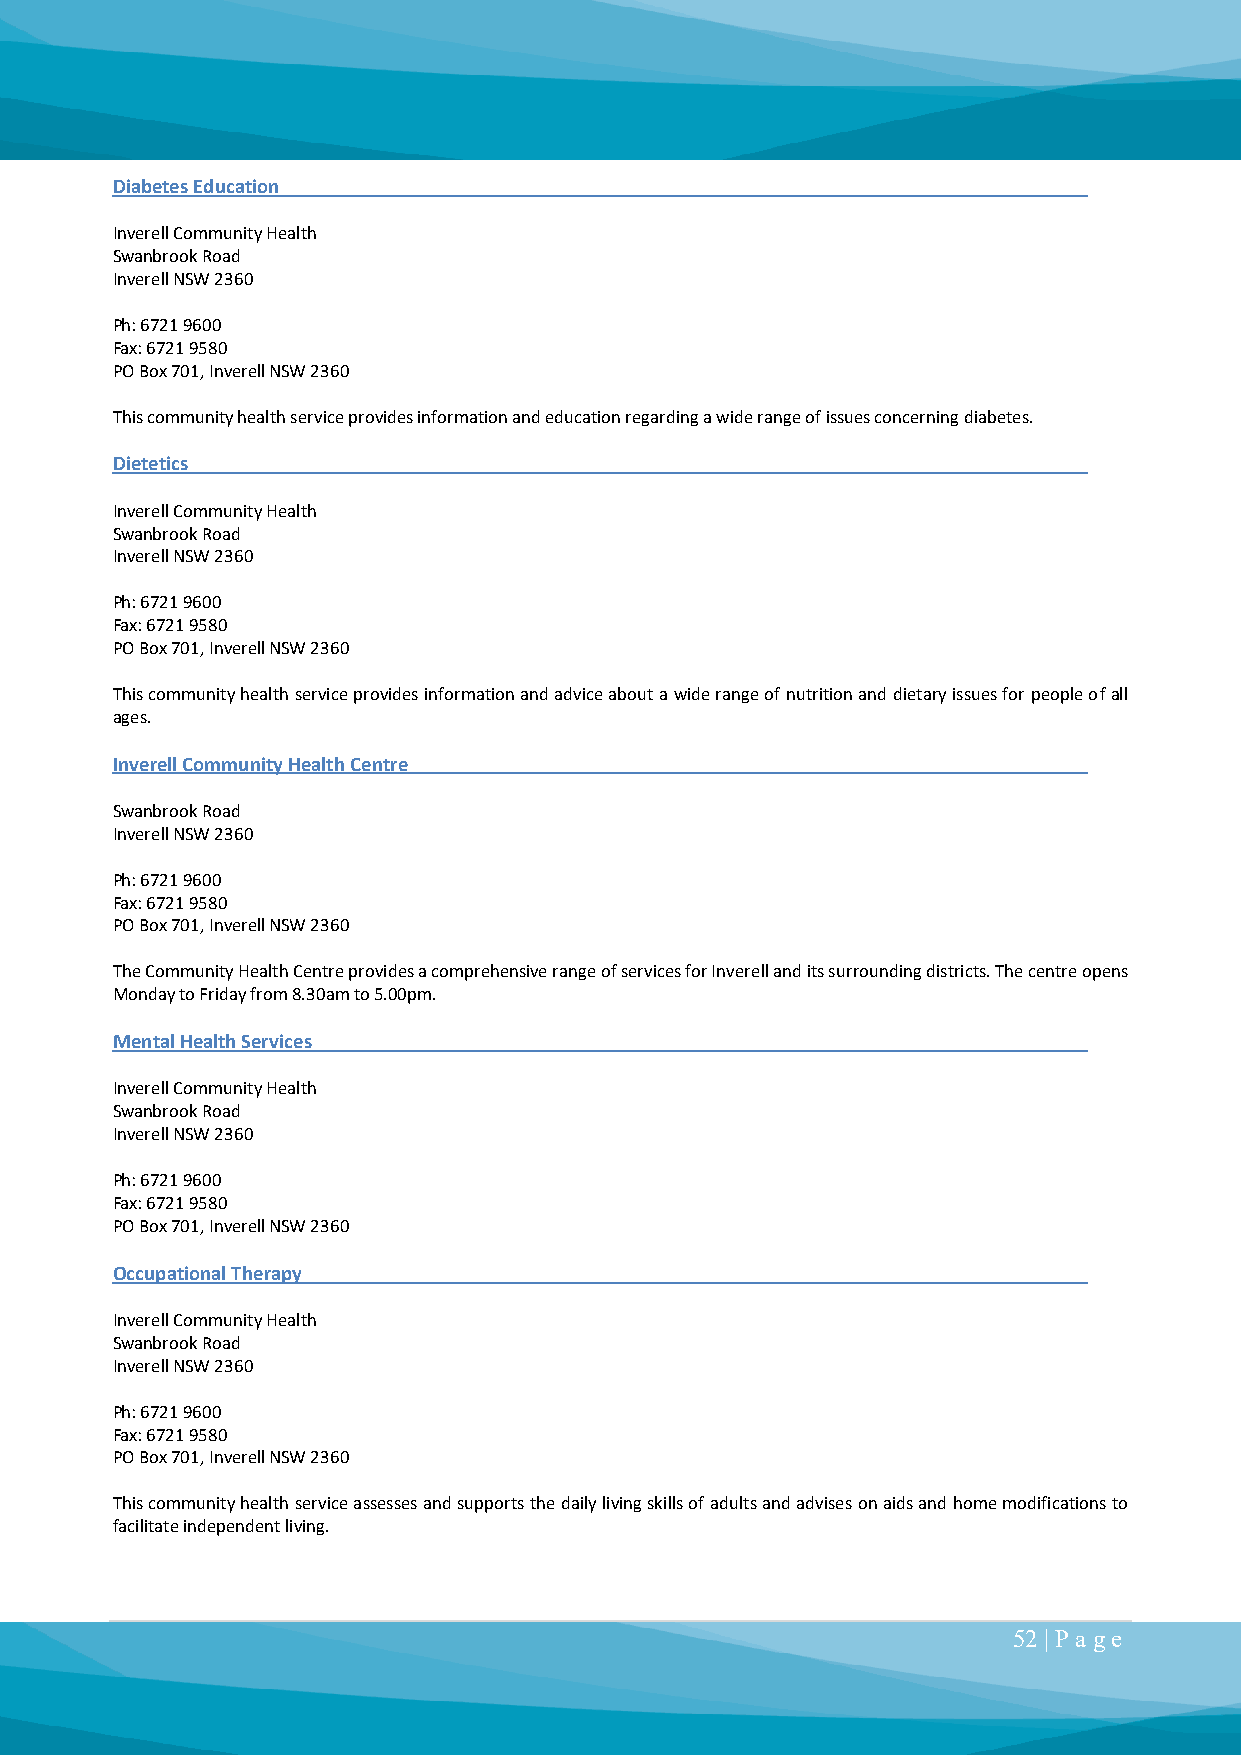
Diabetes Education
 Inverell Community Health
 Swanbrook Road
 Inverell NSW 2360
 Ph: 6721 9600
 Fax: 6721 9580
 PO Box 701, Inverell NSW 2360
 This community health service provides information and education regarding a wide range of issues concerning diabetes.
 Dietetics
 Inverell Community Health
 Swanbrook Road
 Inverell NSW 2360
 Ph: 6721 9600
 Fax: 6721 9580
 PO Box 701, Inverell NSW 2360
 This community health service provides information and advice about a wide range of nutrition and dietary issues for people of all
 ages.
 Inverell Community Health Centre
 Swanbrook Road
 Inverell NSW 2360
 Ph: 6721 9600
 Fax: 6721 9580
 PO Box 701, Inverell NSW 2360
 The Community Health Centre provides a comprehensive range of services for Inverell and its surrounding districts. The centre opens
 Monday to Friday from 8.30am to 5.00pm.
 Mental Health Services
 Inverell Community Health
 Swanbrook Road
 Inverell NSW 2360
 Ph: 6721 9600
 Fax: 6721 9580
 PO Box 701, Inverell NSW 2360
 Occupational Therapy
 Inverell Community Health
 Swanbrook Road
 Inverell NSW 2360
 Ph: 6721 9600
 Fax: 6721 9580
 PO Box 701, Inverell NSW 2360
 This community health service assesses and supports the daily living skills of adults and advises on aids and home modifications to
 facilitate independent living.
 52 | P a ge